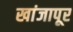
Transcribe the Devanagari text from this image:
खांजापूर